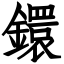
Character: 鐶